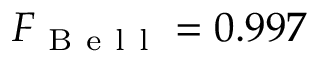
F _ { \mathrm { ~ B ~ e ~ l ~ l ~ } } = 0 . 9 9 7